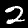
Digit: 2